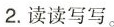
2.读读写写。